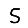
Digit: 5